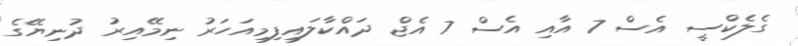
ގެލެކްސީ އެސް 7 އާއި އެސް 7 އެޖް ދައްކާލައިފިމިއަހަރު ނިމޭއިރު ދުނިޔޭގެ